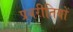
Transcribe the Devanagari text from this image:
प्रबरीतियों